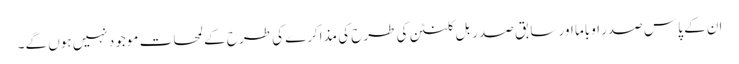
ان کے پاس صدر اوباما اور سابق صدر بِل کلنٹن کی طرح کی مذاکرے کی طرح کے لمحات موجود نہیں ہوں گے۔